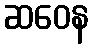
ဆဝေန